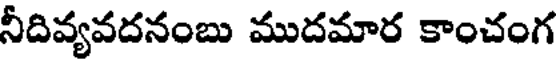
నీదివ్యవదనంబు ముదమార కాంచంగ